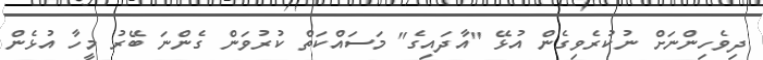
ދިވެހިންނަށް ނުކުރެވިގެން އުޅޭ "އާދައިގެ" މަސައްކަތް ކުރުވަން ގެންނަ ބޭރު މީހާ އުޅެން